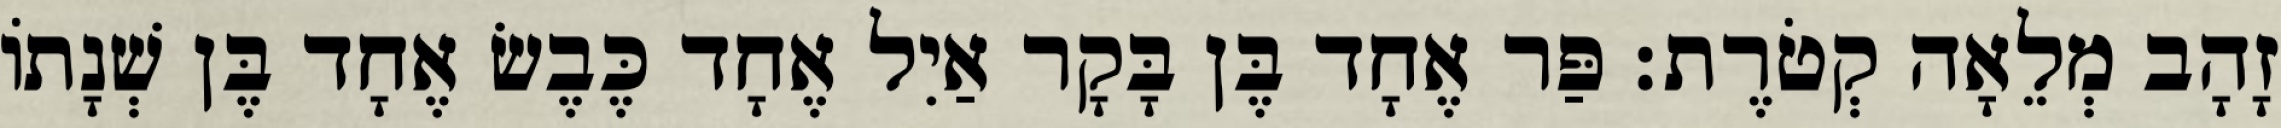
זָהָב מְלֵאָה קְטֹרֶת׃ פַּר אֶחָד בֶּן בָּקָר אַיִל אֶחָד כֶּבֶשׂ אֶחָד בֶּן שְׁנָתוֹ